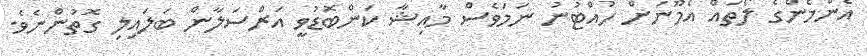
އެންމެންގެ ލޯތައް އެމޫނަށް ހުއްޓުނު ނަމަވެސް މާއިޝާ ކަންބޮޑުވީ އަރްސަލާން ބަލައިލި ގޮތުންނެވެ.